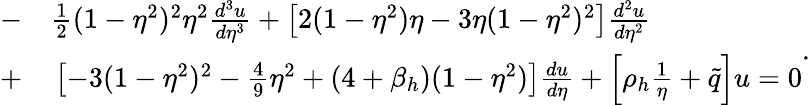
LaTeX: \begin{array}{rl}{{-}}&{{}{{}\frac{1}{2}(1-\eta^{2})^{2}\eta^{2}\frac{d^{3}u}{d\eta^{3}}+\left[2(1-\eta^{2})\eta-3\eta(1-\eta^{2})^{2}\right]\frac{d^{2}u}{d\eta^{2}}}}\\ {{+}}&{{}{{}\left[-3(1-\eta^{2})^{2}-\frac{4}{9}\eta^{2}+(4+\beta_{h})(1-\eta^{2})\right]\frac{du}{d\eta}+\left[\rho_{h}\frac{1}{\eta}+\tilde{q}\right]u=0}}\end{array}.